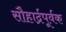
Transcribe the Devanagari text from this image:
सौहार्द्रपूर्वक